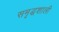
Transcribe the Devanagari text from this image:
समृद्घशाली